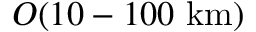
O ( 1 0 - 1 0 0 ~ \mathrm { k m } )